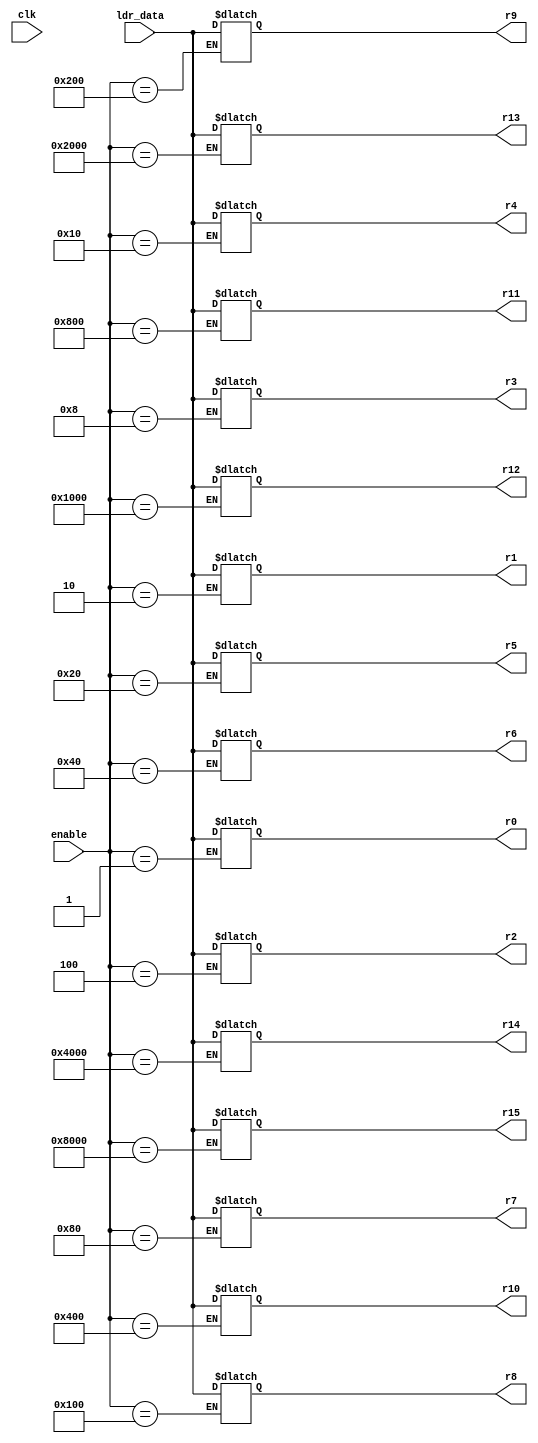
// register bank 
module reg_bank(clk, enable, ldr_data, r0, r1, r2, r3, r4, r5, r6 ,r7, r8, r9, r10, r11, r12, r13, r14, r15 );
input clk; 
input [15:0] enable;
input [31:0] ldr_data;
output reg [31:0] r0, r1, r2, r3, r4, r5, r6 ,r7, r8, r9, r10, r11, r12, r13, r14, r15;

	always@(*)
begin
	case (enable)
	16'b0000000000000001 : r0=ldr_data;
	16'b0000000000000010 : r1=ldr_data;
	16'b0000000000000100 : r2=ldr_data;
	16'b0000000000001000 : r3=ldr_data;
	16'b0000000000010000 : r4=ldr_data;
	16'b0000000000100000 : r5=ldr_data;
	16'b0000000001000000 : r6=ldr_data;
	16'b0000000010000000 : r7=ldr_data;
	16'b0000000100000000 : r8=ldr_data;
	16'b0000001000000000 : r9=ldr_data;
	16'b0000010000000000 : r10=ldr_data;
	16'b0000100000000000 : r11=ldr_data;
	16'b0001000000000000 : r12=ldr_data;
	16'b0010000000000000 : r13=ldr_data;
	16'b0100000000000000 : r14=ldr_data;
	16'b1000000000000000 : r15=ldr_data;
	endcase 
end 

endmodule